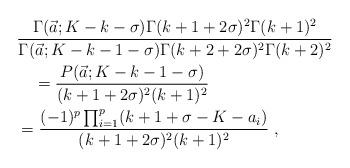
LaTeX: \begin{align*}&\frac{\Gamma(\vec a;K-k-\sigma)\Gamma(k+1+2\sigma)^2\Gamma(k+1)^2}{\Gamma(\vec a;K-k-1-\sigma)\Gamma(k+2+2\sigma)^2\Gamma(k+2)^2}\\&\quad=\frac{P(\vec{a};K-k-1-\sigma)}{(k+1+2\sigma)^2(k+1)^2}\\&=\frac{(-1)^{p}\prod_{i=1}^{p}(k+1+\sigma-K-a_i)}{(k+1+2\sigma)^2(k+1)^2}\ ,\end{align*}